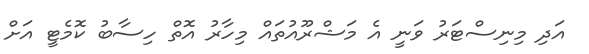
އަދި މިނިސްޓަރު ވަނީ އެ މަޝްރޫއުތައް މިހާރު އޮތް ހިސާބު ކޮމެޓީ އަށް